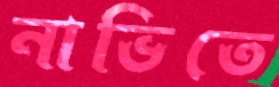
নাভিতে